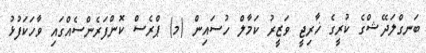
ބަނގްލަދޭޝްގެ ކުރީގެ ޚާރިޖީ ވަޒީރު ކަމާލް ހުސައިން (މ) ޕްރެސް ކޮންފަރެންސެއްގައި ވާހަކަފުޅު